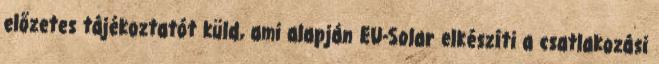
előzetes tájékoztatót küld, ami alapján EU-Solar elkészíti a csatlakozási